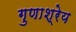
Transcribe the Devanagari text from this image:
गुणाश्रेय